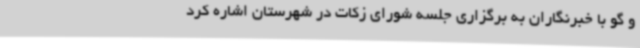
و گو با خبرنگاران به برگزاری جلسه شورای زکات در شهرستان اشاره کرد